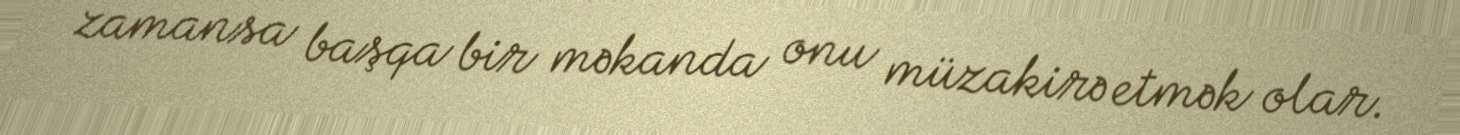
zamansa başqa bir məkanda onu müzakirə etmək olar.